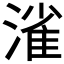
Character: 𣼎